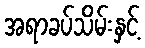
အရာခပ်သိမ်းနှင့်